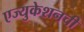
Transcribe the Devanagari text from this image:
एज्युकेशनची